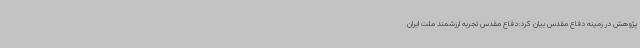
پژوهش در زمینه دفاع مقدس بیان کرد:دفاع مقدس تجربه ارزشمند ملت ایران